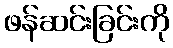
ဖန်ဆင်းခြင်းကို